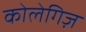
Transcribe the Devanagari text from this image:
कोलेगिज़